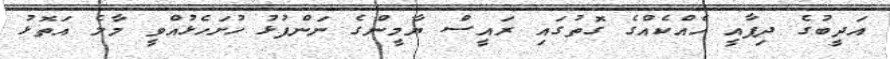
އަދީބުގެ ދިފާއީ ހެއްކެއްގެ ގޮތުގައި ރައީސް ޔާމީންގެ ނަންފުޅު ހުށަހެޅުއްވީ މާލެ އަތޮޅު